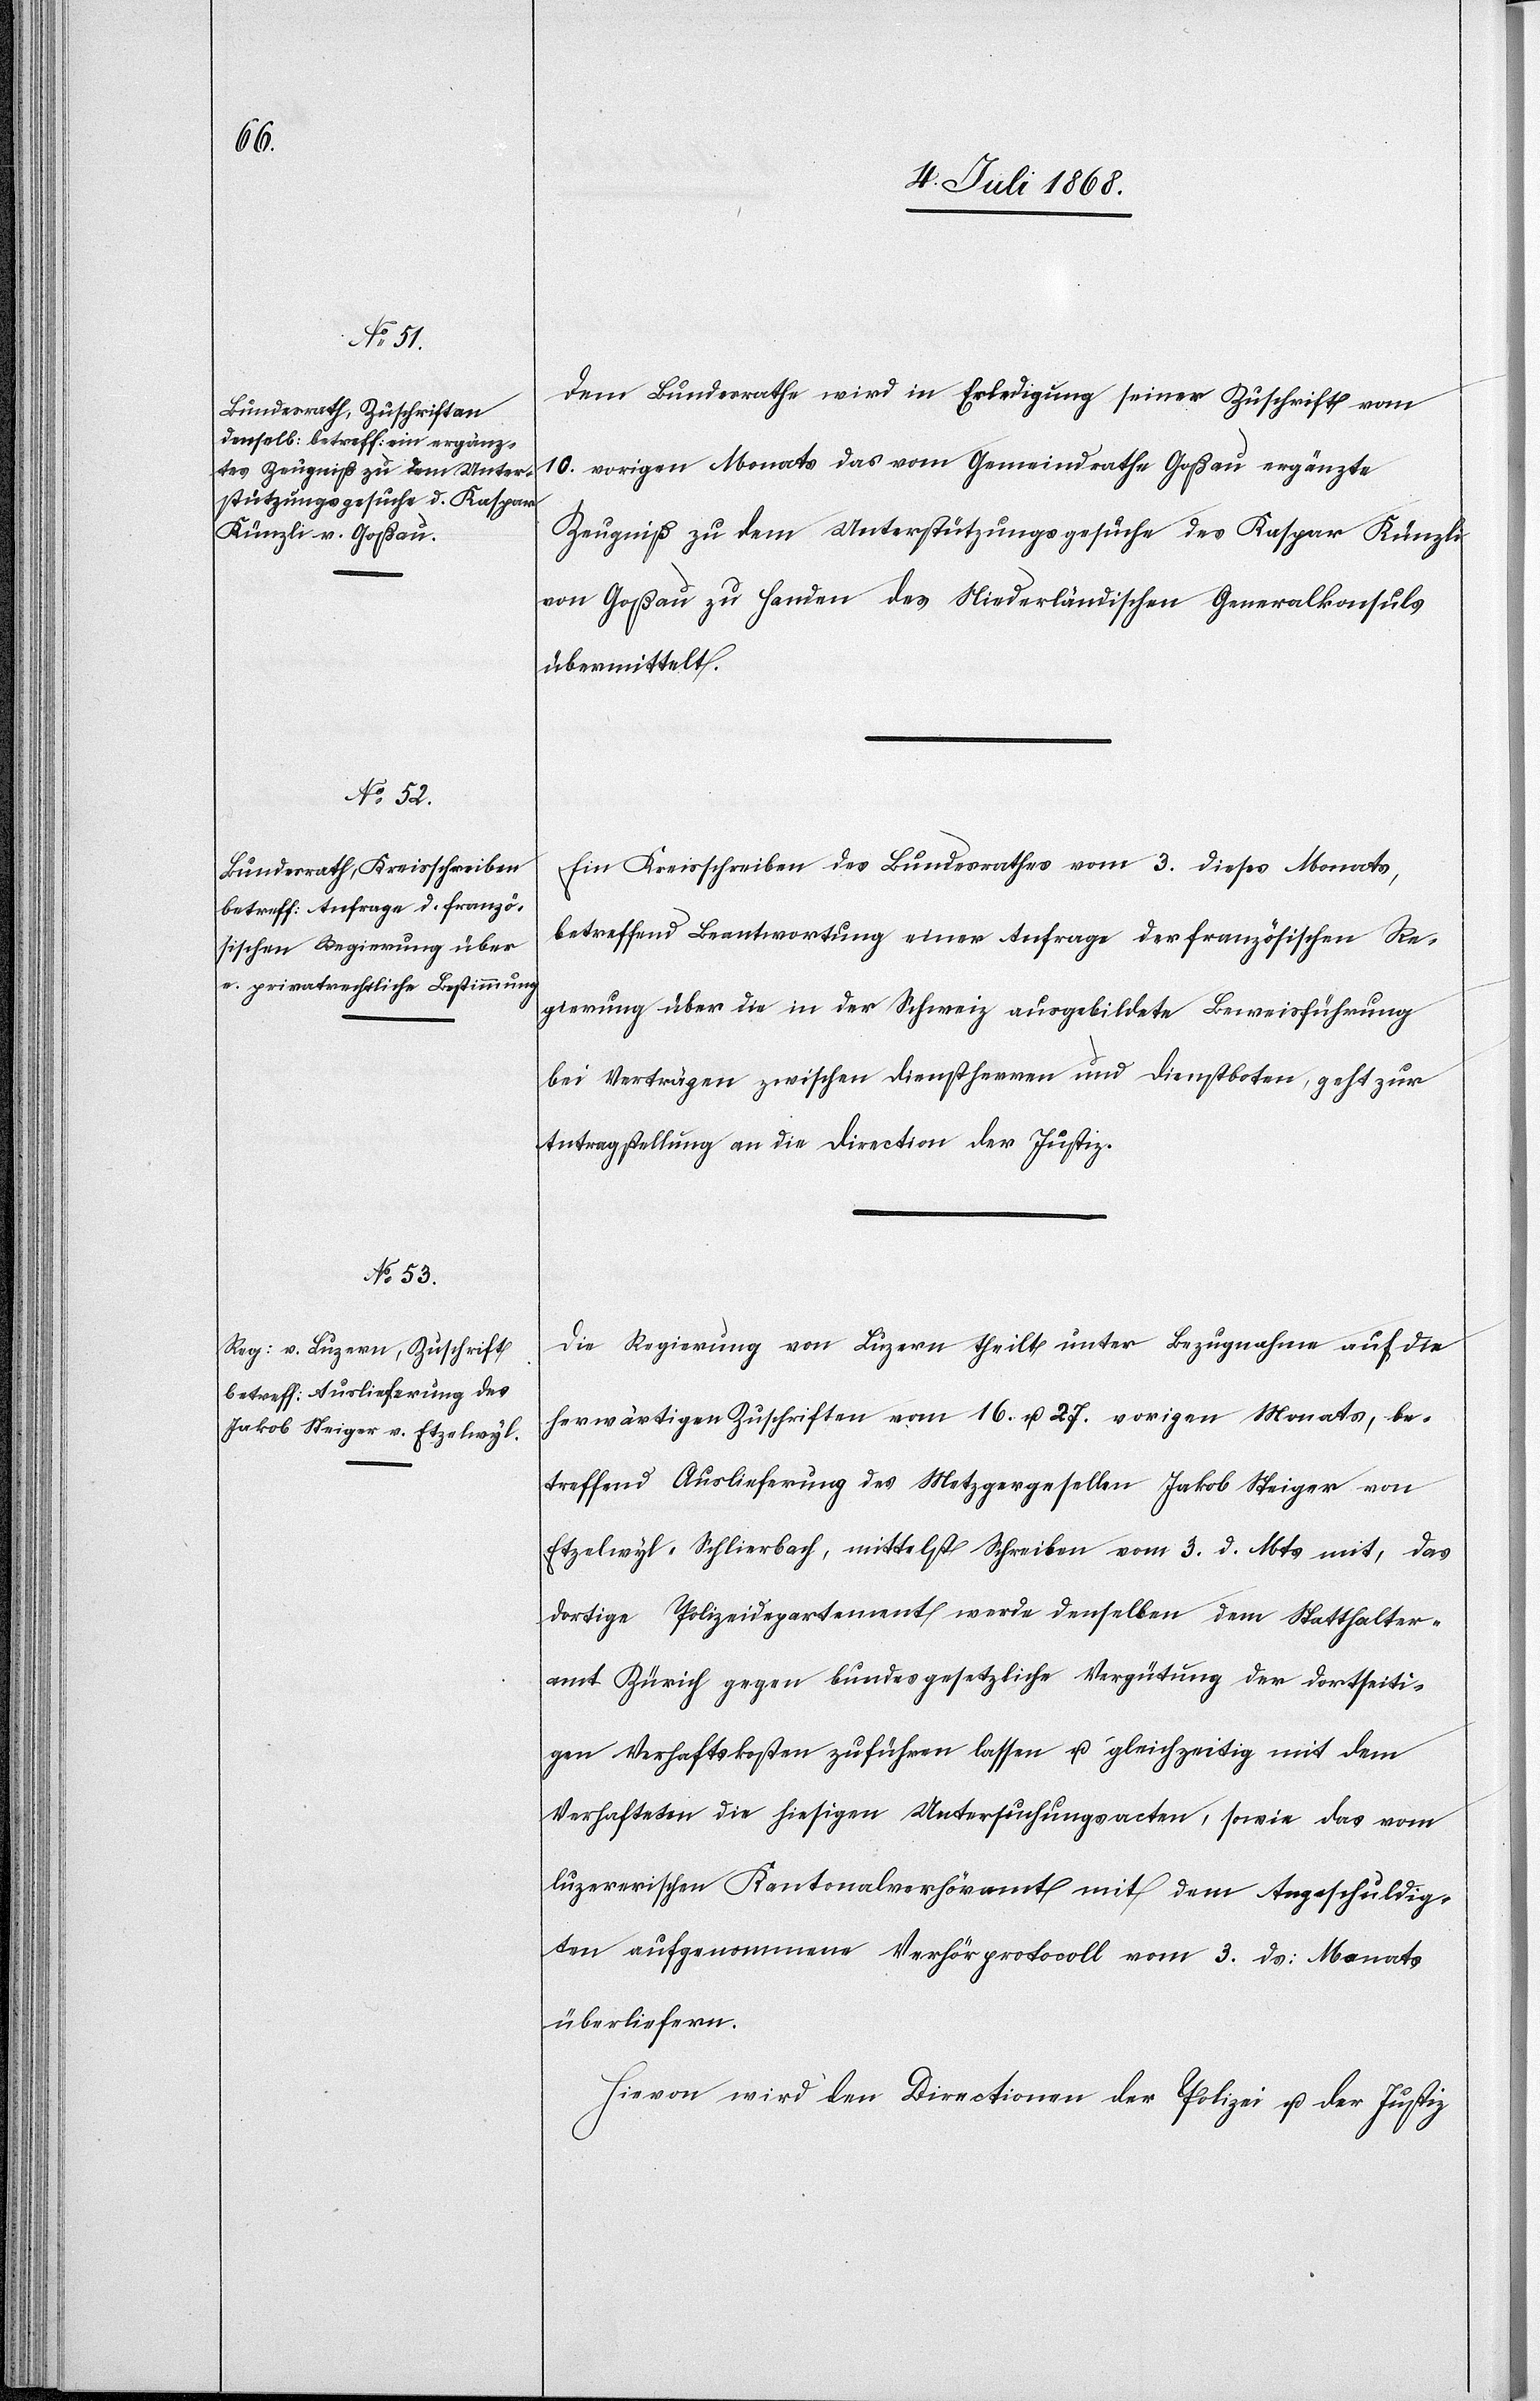
Dem Bundesrathe wird in Erledigung seiner Zuschrift vom
10. vorigen Monats das vom Gemeindrathe Goßau ergänzte
Zeugniß zu dem Unterstützungsgesuche des Kaspar Künzli
von Goßau zu Handen des Niederländischen Generalkonsuls
übermittelt.
Ein Kreisschreiben des Bundesrathes vom 3. dieses Monats,
betreffend Beantwortung einer Anfrage der französischen Re¬
gierung über die in der Schweiz ausgebildete Beweisführung
bei Verträgen zwischen Dienstherren und Dienstboten, geht zur
Antragstellung an die Direction der Justiz.
Die Regierung von Luzern theilt unter Bezugnahme auf die
herwärtigen Zuschriften vom 16. u. 27. vorigen Monats, be¬
treffend Auslieferung des Metzgergesellen Jakob Steiger von
Etzelwyl - Schlierbach, mittelst Schreiben vom 3. d. Mts mit, das
dortige Polizeidepartement werde denselben dem Statthalter¬
amt Zürich gegen bundesgesetzliche Vergütung der dortseiti¬
gen Verhaftskosten zuführen lassen u. gleichzeitig mit dem
Verhafteten die hiesigen Untersuchungsacten, sowie das vom
luzer[n]erischen Kantonalverhöramt mit dem Angeschuldig¬
ten aufgenommene Verhörprotocoll vom 3. ds: Monats
überliefern.
Hievon wird den Directionen der Polizei u. der Justiz